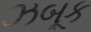
ઝબૂક